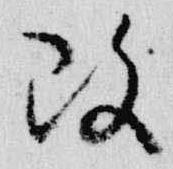
改